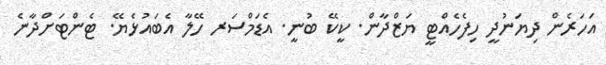
އަހަރެން ދިޔަނުދީ ހިފެހެއްޓީ ޔަޒްދާން. ކީކޭ ބުނީ. އެޑަމްސަރ ހޭލާ އެބައުޅެޔޭ. ޓެންޓަށްދާނެ